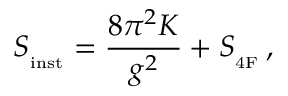
S _ { _ { \mathrm { i n s t } } } = \frac { 8 \pi ^ { 2 } K } { g ^ { 2 } } + S _ { _ { \mathrm { 4 F } } } \, ,